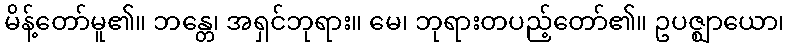
မိန့်တော်မူ၏။ ဘန္တေ၊ အရှင်ဘုရား။ မေ၊ ဘုရားတပည့်တော်၏။ ဥပဇ္ဈာယော၊